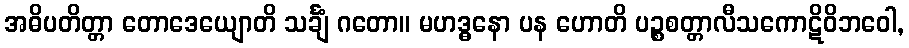
အဓိပတိတ္တာ တောဒေယျောတိ သင်္ချံ ဂတော။ မဟဒ္ဓနော ပန ဟောတိ ပဉ္စစတ္တာလီသကောဋိဝိဘဝေါ,